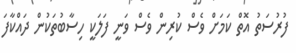
ފުރުސަތު އޮތް ކަމަށް ވެސް ކުރިން ވެސް ވަނީ ފަލަކީ ހިސާބުތަކުން ދައްކާފަ